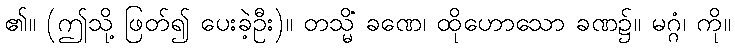
၏။ (ဤသို့ ဖြတ်၍ ပေးခဲ့ဦး)။ တသ္မိံ ခဏေ၊ ထိုဟောသော ခဏ၌။ မဂ္ဂံ၊ ကို။